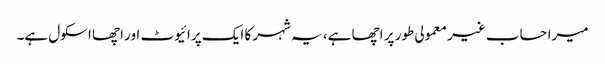
میرا حساب غیر معمولی طور پر اچھا ہے، یہ شہر کا ایک پرائیوٹ اور اچھا اسکول ہے۔